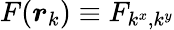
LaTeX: F(\boldsymbol{r}_{k})\equiv F_{k^{x},k^{y}}